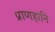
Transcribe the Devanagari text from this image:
प्राणहानि